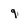
Character: 9